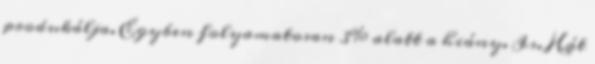
produkálja. Egyben folyamatosan 3% alatt a hiány. Is. Hát